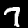
Label: 7